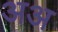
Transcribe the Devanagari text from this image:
अअ